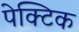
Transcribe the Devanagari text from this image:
पेक्टिक